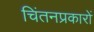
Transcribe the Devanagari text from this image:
चिंतनप्रकारों